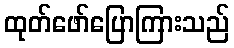
ထုတ်ဖော်ပြောကြားသည်